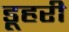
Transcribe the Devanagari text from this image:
डूहरी